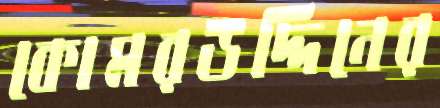
কোমরউদ্দিনের